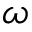
\omega